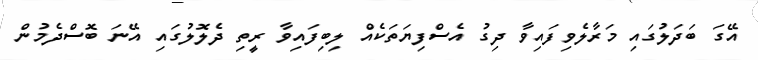
އޭގަ ބަދަލުގައި މަރާލެވިފައިވާ ދިގު އެސްފިޔަތަކެއް ލިބިފައިވާ ރީތި ދެލޮލުގައި އޭނަ ބޮސްދެމުން